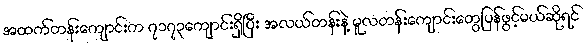
အထက်တန်းကျောင်းက ၇၁၇၃ကျောင်းရှိပြီး အလယ်တန်းနဲ့ မူလတန်းကျောင်းတွေပြန်ဖွင့်မယ်ဆိုရင်